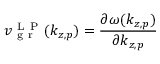
v _ { \mathrm { ~ g ~ r ~ } } ^ { \mathrm { ~ L ~ P ~ } } ( k _ { z , p } ) = \frac { \partial \omega ( k _ { z , p } ) } { \partial k _ { z , p } }